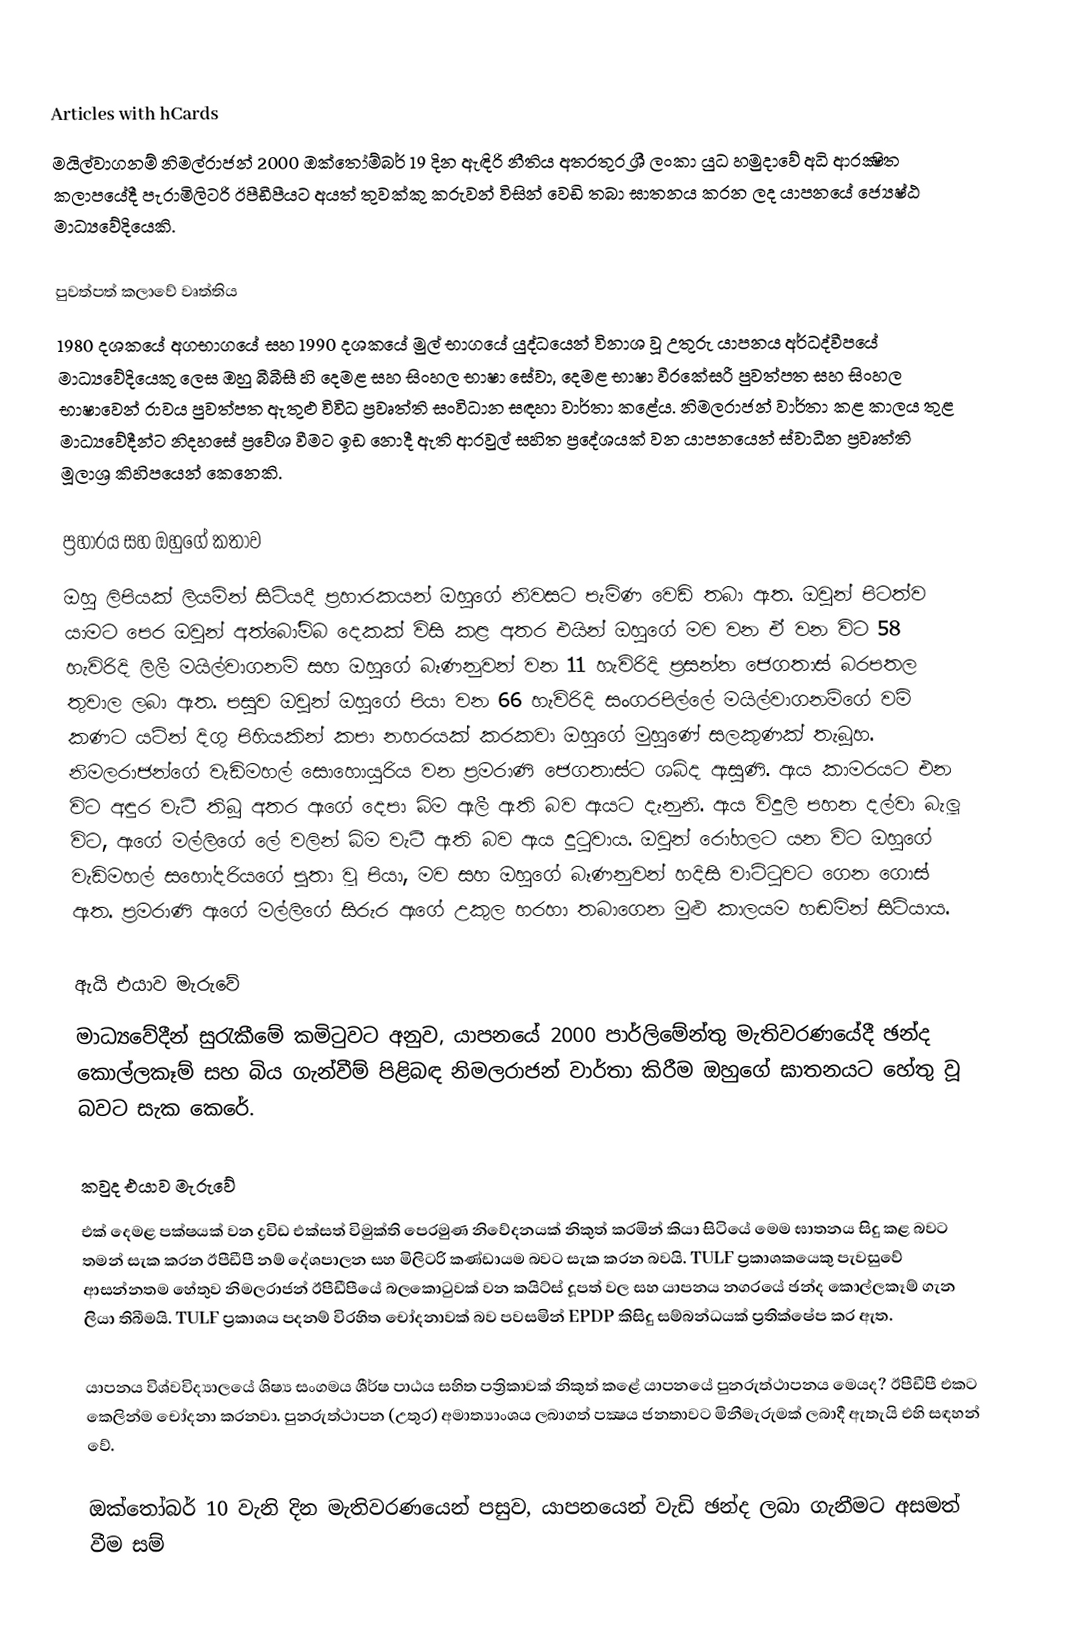
Articles with hCards
මයිල්වාගනම් නිමල්රාජන් 2000 ඔක්තෝම්බර් 19 දින ඇඳිරි නීතිය අතරතුර ශ්‍රී ලංකා යුධ හමුදාවේ අධි ආරක්‍ෂිත කලාපයේදී පැරාමිලිටරි ඊපීඩීපීයට අයත් තුවක්කු කරුවන් විසින් වෙඩි තබා ඝාතනය කරන ලද යාපනයේ ජ්‍යෙෂ්ඨ මාධ්‍යවේදියෙකි.

පුවත්පත් කලාවේ වෘත්තිය
1980 දශකයේ අගභාගයේ සහ 1990 දශකයේ මුල් භාගයේ යුද්ධයෙන් විනාශ වූ උතුරු යාපනය අර්ධද්වීපයේ මාධ්‍යවේදියෙකු ලෙස ඔහු බීබීසී හි දෙමළ සහ සිංහල භාෂා සේවා, දෙමළ භාෂා වීරකේසරී පුවත්පත සහ සිංහල භාෂාවෙන් රාවය පුවත්පත ඇතුළු විවිධ ප්‍රවෘත්ති සංවිධාන සඳහා වාර්තා කළේය. නිමලරාජන් වාර්තා කළ කාලය තුළ මාධ්‍යවේදීන්ට නිදහසේ ප්‍රවේශ වීමට ඉඩ නොදී ඇති ආරවුල් සහිත ප්‍රදේශයක් වන යාපනයෙන් ස්වාධීන ප්‍රවෘත්ති මූලාශ්‍ර කිහිපයෙන් කෙනෙකි.

ප්‍රහාරය සහ ඔහුගේ කතාව
ඔහු ලිපියක් ලියමින් සිටියදී ප්‍රහාරකයන් ඔහුගේ නිවසට පැමිණ වෙඩි තබා ඇත. ඔවුන් පිටත්ව යාමට පෙර ඔවුන් අත්බෝම්බ දෙකක් විසි කළ අතර එයින් ඔහුගේ මව වන ඒ වන විට 58 හැවිරිදි ලිලී මයිල්වාගනම් සහ ඔහුගේ බෑණනුවන් වන 11 හැවිරිදි ප්‍රසන්න ජෙගතාස් බරපතල තුවාල ලබා ඇත. පසුව ඔවුන් ඔහුගේ පියා වන 66 හැවිරිදි සංගරපිල්ලේ මයිල්වාගනම්ගේ වම් කණට යටින් දිගු පිහියකින් කපා නහරයක් කරකවා ඔහුගේ මුහුණේ සලකුණක් තැබූහ. නිමලරාජන්ගේ වැඩිමහල් සොහොයුරිය වන ප්‍රමරාණි ජෙගතාස්ට ශබ්ද ඇසුණි. ඇය කාමරයට එන විට අඳුර වැටී තිබූ අතර ඇගේ දෙපා බිම ඇලී ඇති බව ඇයට දැනුනි. ඇය විදුලි පහන දල්වා බැලූ විට, ඇගේ මල්ලිගේ ලේ වලින් බිම වැටී ඇති බව ඇය දුටුවාය. ඔවුන් රෝහලට යන විට ඔහුගේ වැඩිමහල් සහෝදරියගේ පුතා වූ පියා, මව සහ ඔහුගේ බෑණනුවන් හදිසි වාට්ටුවට ගෙන ගොස් ඇත. ප්‍රමරාණි ඇගේ මල්ලිගේ සිරුර ඇගේ උකුල හරහා තබාගෙන මුළු කාලයම හඬමින් සිටියාය.

ඇයි එයාව මැරුවේ
මාධ්‍යවේදීන් සුරැකීමේ කමිටුවට අනුව, යාපනයේ 2000 පාර්ලිමේන්තු මැතිවරණයේදී ඡන්ද කොල්ලකෑම් සහ බිය ගැන්වීම් පිළිබඳ නිමලරාජන් වාර්තා කිරීම ඔහුගේ ඝාතනයට හේතු වූ බවට සැක කෙරේ.

කවුද එයාව මැරුවේ
එක් දෙමළ පක්ෂයක් වන ද්‍රවිඩ එක්සත් විමුක්ති පෙරමුණ නිවේදනයක් නිකුත් කරමින් කියා සිටියේ මෙම ඝාතනය සිදු කළ බවට තමන් සැක කරන ඊපීඩීපී නම් දේශපාලන සහ මිලිටරි කණ්ඩායම බවට සැක කරන බවයි. TULF ප්‍රකාශකයෙකු පැවසුවේ ආසන්නතම හේතුව නිමලරාජන් ඊපීඩීපීයේ බලකොටුවක් වන කයිට්ස් දූපත් වල සහ යාපනය නගරයේ ඡන්ද කොල්ලකෑම් ගැන ලියා තිබීමයි. TULF ප්‍රකාශය පදනම් විරහිත චෝදනාවක් බව පවසමින් EPDP කිසිදු සම්බන්ධයක් ප්‍රතික්ෂේප කර ඇත.

යාපනය විශ්වවිද්‍යාලයේ ශිෂ්‍ය සංගමය ශීර්ෂ පාඨය සහිත පත්‍රිකාවක් නිකුත් කළේ යාපනයේ පුනරුත්ථාපනය මෙයද? ඊපීඩීපී එකට කෙලින්ම චෝදනා කරනවා. පුනරුත්ථාපන (උතුර) අමාත්‍යාංශය ලබාගත් පක්‍ෂය ජනතාවට මිනීමැරුමක් ලබාදී ඇතැයි එහි සඳහන් වේ.

ඔක්තෝබර් 10 වැනි දින මැතිවරණයෙන් පසුව, යාපනයෙන් වැඩි ඡන්ද ලබා ගැනීමට අසමත් වීම සම්